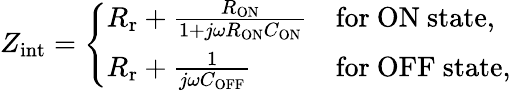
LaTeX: Z_{\mathrm{int}}=\left\{ \begin{array}{ll}{R_{\mathrm{r}}+\frac{R_{\mathrm{ON}}}{1+j\omega R_{\mathrm{ON}}C_{\mathrm{ON}}}}&{\mathrm{for~ON~state,}}\\ {R_{\mathrm{r}}+\frac{1}{j\omega C_{\mathrm{OFF}}}}&{\mathrm{for~OFF~state,}}\end{array}\right.